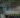
حسنان